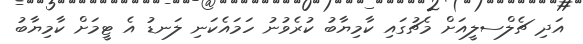
އަދި ޗެލްސލީއަށް މެޗުގައި ކާމިޔާބު ކުރެވުނު ހަމައެކަނި ލަނޑު އެ ޓީމަށް ކާމިޔާބު